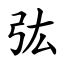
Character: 㢬